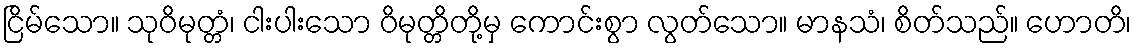
ငြိမ်သော။ သုဝိမုတ္တံ၊ ငါးပါးသော ဝိမုတ္တိတို့မှ ကောင်းစွာ လွတ်သော။ မာနသံ၊ စိတ်သည်။ ဟောတိ၊